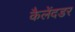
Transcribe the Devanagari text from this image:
कैलेंदडर